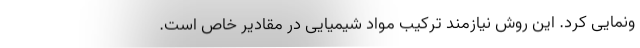
ونمایی کرد. این روش نیازمند ترکیب مواد شیمیایی در مقادیر خاص است.